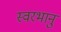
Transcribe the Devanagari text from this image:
स्वरभानु